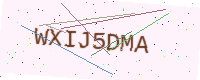
Text: WXIJ5DMA